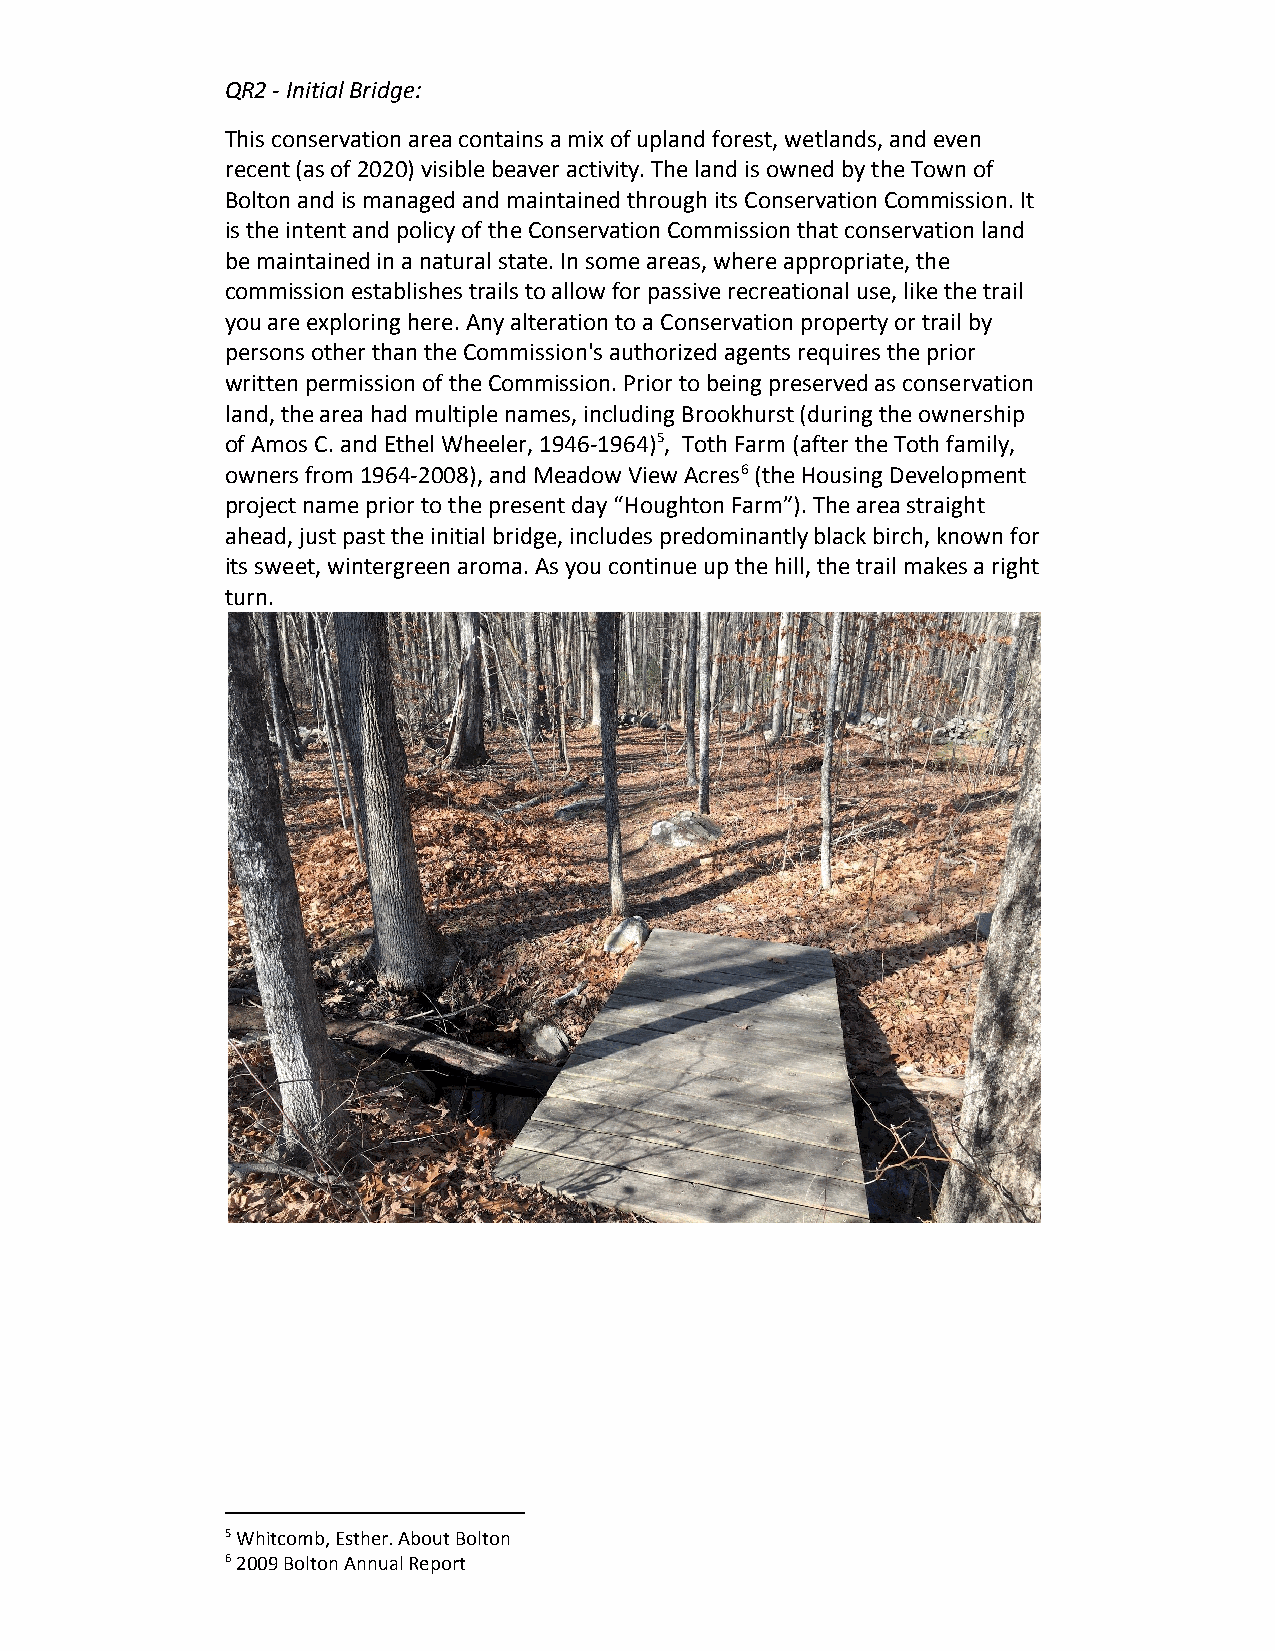
QR2 - Initial Bridge:
 This conservation area contains a mix of upland forest, wetlands, and even
 recent (as of 2020) visible beaver activity. The land is owned by the Town of
 Bolton and is managed and maintained through its Conservation Commission. It
 is the intent and policy of the Conservation Commission that conservation land
 be maintained in a natural state. In some areas, where appropriate, the
 commission establishes trails to allow for passive recreational use, like the trail
 you are exploring here. Any alteration to a Conservation property or trail by
 persons other than the Commission's authorized agents requires the prior
 written permission of the Commission. Prior to being preserved as conservation
 land, the area had multiple names, including Brookhurst (during the ownership
 of Amos C. and Ethel Wheeler, 1946-1964)5, Toth Farm (after the Toth family,
 ​
 ​
 owners from 1964-2008), and Meadow View Acres6 (the Housing Development
 ​
 ​
 project name prior to the present day “Houghton Farm”). The area straight
 ahead, just past the initial bridge, includes predominantly black birch, known for
 its sweet, wintergreen aroma. As you continue up the hill, the trail makes a right
 turn.
 5 Whitcomb, Esther. About Bolton
 6 2009 Bolton Annual Report